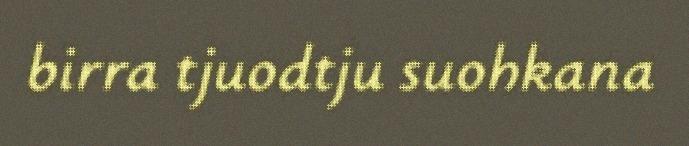
birra tjuodtju suohkana